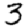
Digit: 3